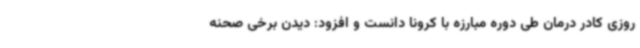
روزی کادر درمان طی دوره مبارزه با کرونا دانست و افزود: دیدن برخی صحنه